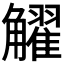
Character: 𧥋